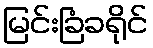
မြင်းခြံခရိုင်